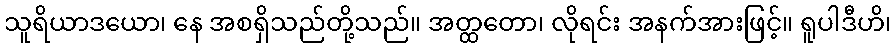
သူရိယာဒယော၊ နေ အစရှိသည်တို့သည်။ အတ္ထတော၊ လိုရင်း အနက်အားဖြင့်။ ရူပါဒီဟိ၊